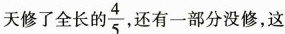
天修了全长的\frac{4}{5} 还有一部分没修，这